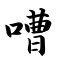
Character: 嘈